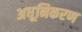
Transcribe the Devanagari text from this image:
अधूनिकरण